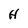
Character: H